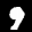
Label: 9